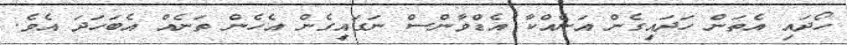
ހޯދައި އެތަން ހަދައިގެން އަނެއްކާ އެޑްވާންސް ނަގައިގެން އެހެން ތަނެއް އެބަހަދަ އެވެ.